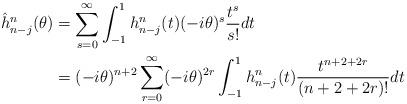
LaTeX: \begin{align*}\hat h^n_{n-j}(\theta)&=\sum_{s=0}^{\infty}\int_{-1}^1 h^n_{n-j}(t)(-i\theta)^s \frac{t^s}{s!} dt\\&=(-i\theta)^{n+2}\sum_{r=0}^{\infty}(-i\theta)^{2r}\int_{-1}^1 h^n_{n-j}(t)\frac{t^{n+2+2r}}{(n+2+2r)!} dt\end{align*}